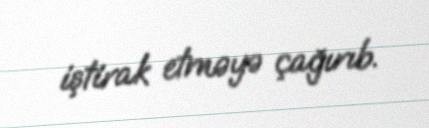
iştirak etməyə çağırıb.